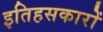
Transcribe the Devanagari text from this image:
इतिहसकारों